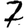
Digit: 7